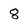
Character: 8